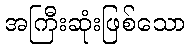
အကြီးဆုံးဖြစ်သော